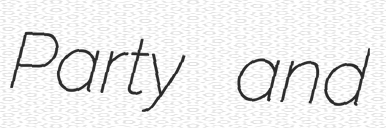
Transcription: Party and